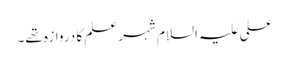
علی علیہ السلام شہر علم کا دروازہ تھے۔